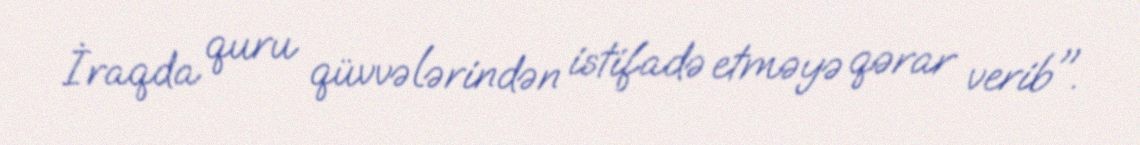
İraqda quru qüvvələrindən istifadə etməyə qərar verib".